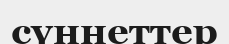
сүннеттер